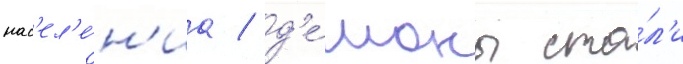
нас'ел'е́н'иа / д'е́моны ста́л'и